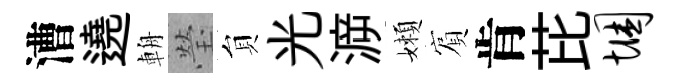
漕遶輈瑩貟光㴑嬾賔肯芘悃